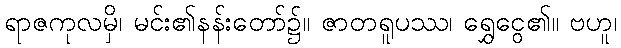
ရာဇကုလမှိ၊ မင်း၏နန်းတော်၌။ ဇာတရူပဿ၊ ရွှေငွေ၏။ ဗဟူ၊